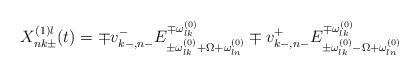
LaTeX: \begin{align*}X_{nk\pm }^{(1)l}(t) =\mp v_{k-,n-}^{-}E_{\pm \omega _{lk}^{(0)}+\Omega+\omega _{ln}^{(0)}}^{\mp \omega _{lk}^{(0)}}\mp v_{k-,n-}^{+}E_{\pm \omega_{lk}^{(0)}-\Omega +\omega _{ln}^{(0)}}^{\mp \omega _{lk}^{(0)}}\end{align*}